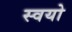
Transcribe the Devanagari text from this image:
स्वयो